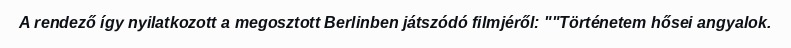
A rendező így nyilatkozott a megosztott Berlinben játszódó filmjéről: ""Történetem hősei angyalok.